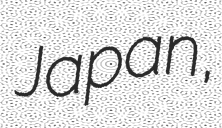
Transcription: Japan,